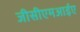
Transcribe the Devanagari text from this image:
जीसीएमआईए